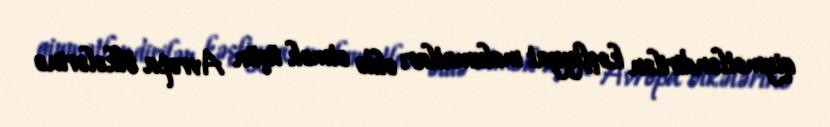
qiymətləndirilən kəşfiyyat məlumatları əldə etmək üçün Avropa ölkələrinə